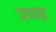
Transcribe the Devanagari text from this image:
प्रध्यक्ष